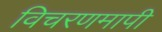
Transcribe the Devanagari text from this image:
विचरणमापी